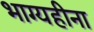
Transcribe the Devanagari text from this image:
भाग्यहीना